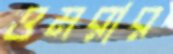
ওমরার